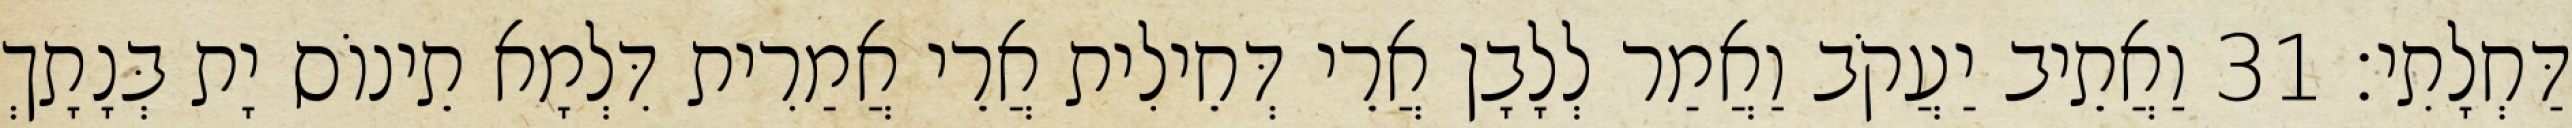
דַּחְלָתִי׃ 31 וַאֲתֵיב יַעֲקֹב וַאֲמַר לְלָבָן אֲרֵי דְּחֵילִית אֲרֵי אֲמַרִית דִּלְמָא תֵינוֹס יָת בְּנָתָךְ